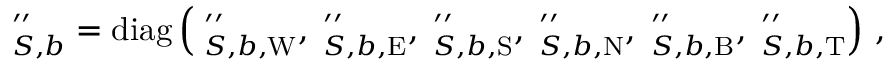
\mathbf \Lambda _ { S , b } ^ { \prime \prime } = \operatorname { d i a g } \left( \mathbf \Lambda _ { S , b , \mathrm { W } } ^ { \prime \prime } , \mathbf \Lambda _ { S , b , \mathrm { E } } ^ { \prime \prime } , \mathbf \Lambda _ { S , b , \mathrm { S } } ^ { \prime \prime } , \mathbf \Lambda _ { S , b , \mathrm { N } } ^ { \prime \prime } , \mathbf \Lambda _ { S , b , \mathrm { B } } ^ { \prime \prime } , \mathbf \Lambda _ { S , b , \mathrm { T } } ^ { \prime \prime } \right) \, ,